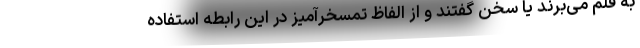
به قلم می‌برند یا سخن گفتند و از الفاظ تمسخرآمیز در این رابطه استفاده